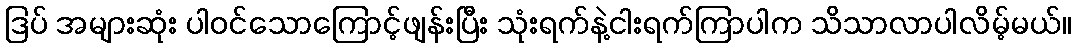
ဒြပ် အများဆုံး ပါဝင်သောကြောင့်ဖျန်းပြီး သုံးရက်နဲ့ငါးရက်ကြာပါက သိသာလာပါလိမ့်မယ်။